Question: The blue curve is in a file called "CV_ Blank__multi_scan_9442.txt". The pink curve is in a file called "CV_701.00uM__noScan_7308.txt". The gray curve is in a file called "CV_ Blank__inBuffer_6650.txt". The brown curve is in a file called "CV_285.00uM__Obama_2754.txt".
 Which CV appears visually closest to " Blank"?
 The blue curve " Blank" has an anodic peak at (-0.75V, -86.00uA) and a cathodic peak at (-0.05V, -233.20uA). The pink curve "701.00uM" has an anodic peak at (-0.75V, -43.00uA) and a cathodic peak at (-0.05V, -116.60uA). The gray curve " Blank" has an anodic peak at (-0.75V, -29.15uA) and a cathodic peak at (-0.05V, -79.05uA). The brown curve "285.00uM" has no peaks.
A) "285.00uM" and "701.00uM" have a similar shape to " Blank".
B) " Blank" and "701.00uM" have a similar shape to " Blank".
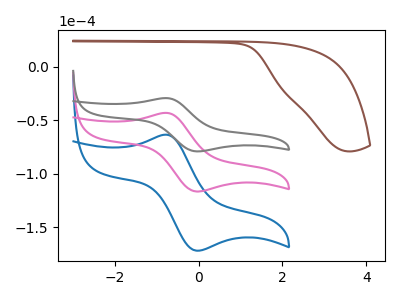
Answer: <think>All the peaks in " Blank" have a peak in "701.00uM" at the same potential. All the peaks in " Blank" have a peak in " Blank" at the same potential. " Blank" and "285.00uM" have a different number of peaks. All the peaks in "701.00uM" have a peak in " Blank" at the same potential. "701.00uM" and "285.00uM" have a different number of peaks. " Blank" and "285.00uM" have a different number of peaks.
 </think>
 <answer>B) " Blank" and "701.00uM" have a similar shape to " Blank".</answer>
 <eval>B</eval>